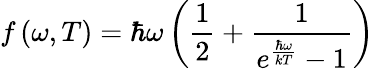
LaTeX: f\left(\omega,T\right)=\hbar\omega\left(\frac 12+\frac 1{e^{\frac{\hbar\omega}{kT}}-1}\right)